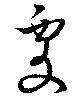
處